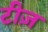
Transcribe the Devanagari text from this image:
टीज़